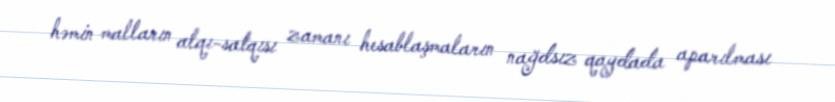
həmin malların alqı-satqısı zamanı hesablaşmaların nağdsız qaydada aparılması